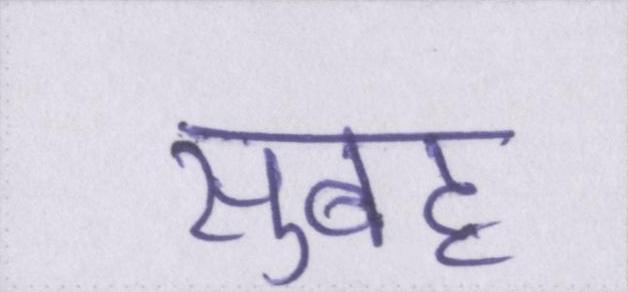
सुबह